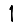
Digit: 1